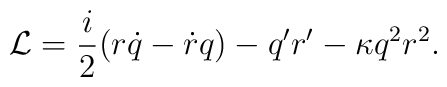
{\cal L} = \frac{i}{2} (r \dot q - \dot r q) - q'r' - \kappa q^2 r^2.